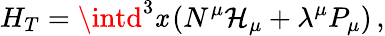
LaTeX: H_{T}=\intd^{3}\mathit{x}\left(N^{\mu}\mathcal{{H}}_{\mu}+\lambda^{\mu}P_{\mu}\right)\, ,